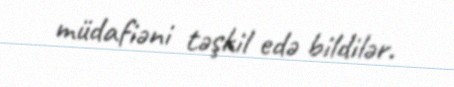
müdafiəni təşkil edə bildilər.